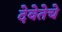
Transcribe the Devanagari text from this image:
देवेतेचे